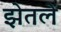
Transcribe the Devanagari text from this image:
झेतलें